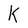
Character: K